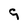
Character: 9